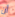
أن